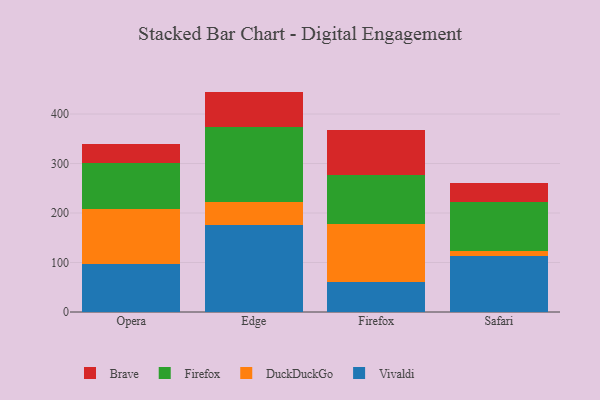
{"axis": {"x": "Browser", "y": "Latency (ms)"}, "legend": ["Brave", "DuckDuckGo", "Firefox", "Vivaldi"], "data": [{"x": "Opera", "y": 97.7, "type": "Vivaldi"}, {"x": "Opera", "y": 110.7, "type": "DuckDuckGo"}, {"x": "Opera", "y": 92.7, "type": "Firefox"}, {"x": "Opera", "y": 38.4, "type": "Brave"}, {"x": "Edge", "y": 175.7, "type": "Vivaldi"}, {"x": "Edge", "y": 46.5, "type": "DuckDuckGo"}, {"x": "Edge", "y": 150.9, "type": "Firefox"}, {"x": "Edge", "y": 72.2, "type": "Brave"}, {"x": "Firefox", "y": 59.8, "type": "Vivaldi"}, {"x": "Firefox", "y": 117.9, "type": "DuckDuckGo"}, {"x": "Firefox", "y": 98.1, "type": "Firefox"}, {"x": "Firefox", "y": 91.7, "type": "Brave"}, {"x": "Safari", "y": 114.0, "type": "Vivaldi"}, {"x": "Safari", "y": 8.7, "type": "DuckDuckGo"}, {"x": "Safari", "y": 100.1, "type": "Firefox"}, {"x": "Safari", "y": 36.9, "type": "Brave"}]}